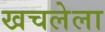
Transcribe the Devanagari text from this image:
खचलेला